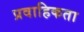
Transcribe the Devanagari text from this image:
प्रवाहिकता